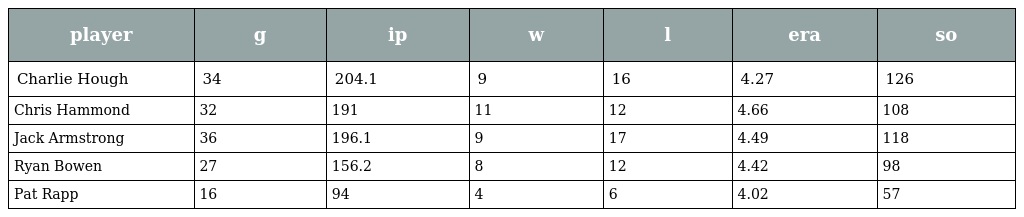
| player | g | ip | w | l | era | so |
 | --- | --- | --- | --- | --- | --- | --- |
 | Charlie Hough | 34 | 204.1 | 9 | 16 | 4.27 | 126 |
 | Chris Hammond | 32 | 191 | 11 | 12 | 4.66 | 108 |
 | Jack Armstrong | 36 | 196.1 | 9 | 17 | 4.49 | 118 |
 | Ryan Bowen | 27 | 156.2 | 8 | 12 | 4.42 | 98 |
 | Pat Rapp | 16 | 94 | 4 | 6 | 4.02 | 57 |